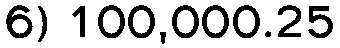
6) 100,000.25